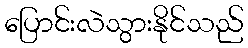
ပြောင်းလဲသွားနိုင်သည်